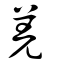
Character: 羌